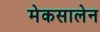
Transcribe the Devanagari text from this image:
मेकसालेन